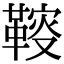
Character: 䩳